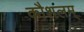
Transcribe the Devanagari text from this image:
कौशलम्